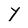
Character: Y